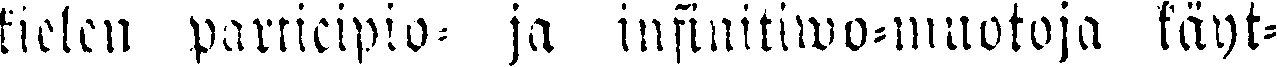
kielen participio- ja infinitiwo-muotoja käyt-